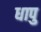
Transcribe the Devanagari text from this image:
धापु